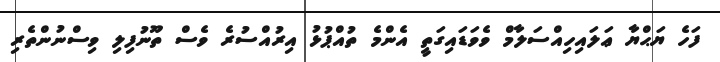
ފަހެ ޔަޙްޔާ ޢަލައިހިއްސަލާމް ވެވަޑައިގަތީ އެންމެ ތުއްޕުޅު އިރުއްސުރެ ވެސް ތޫނުފިލި ވިސްނުންތެރި